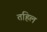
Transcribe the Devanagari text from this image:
तहिल